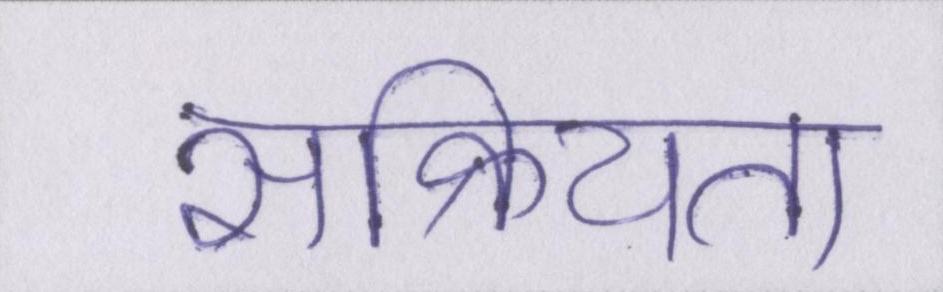
सक्रियता